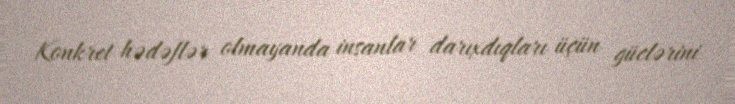
Konkret hədəflər olmayanda insanlar darıxdıqları üçün güclərini